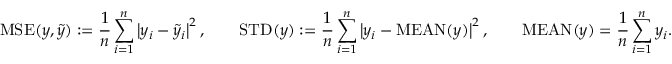
\mathrm { M S E } ( y , \tilde { y } ) : = \frac { 1 } { n } \sum _ { i = 1 } ^ { n } \left| y _ { i } - \tilde { y } _ { i } \right| ^ { 2 } , \quad \quad \mathrm { S T D } ( y ) : = \frac { 1 } { n } \sum _ { i = 1 } ^ { n } \left| y _ { i } - \mathrm { M E A N } ( y ) \right| ^ { 2 } , \quad \quad \mathrm { M E A N } ( y ) = \frac { 1 } { n } \sum _ { i = 1 } ^ { n } y _ { i } .